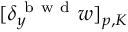
[ \delta _ { y } ^ { \mathrm { ~ b ~ w ~ d ~ } } w ] _ { p , K }